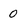
Character: 0